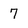
Character: 7